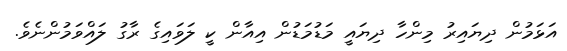
އަޅަމުން ދިޔައިރު މިންހާ ދިޔައީ މަޑުމަޑުން އިއާން ކީ ލަވައިގެ ރާގު ލައްވަމުންނެވެ.